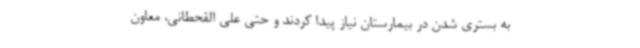
به بستری شدن در بیمارستان نیاز پیدا کردند و حتی علی القحطانی، معاون